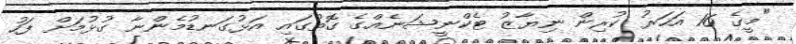
"މީގެ 16 އަހަރު ކުރިން ނިޔާޒު ޓެކްނީޝަނެއްގެ ގޮތުގައި އަޅުގަނޑުމެންނާ ގުޅުމަށް ފަހު